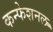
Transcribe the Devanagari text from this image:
कन्फेशनल